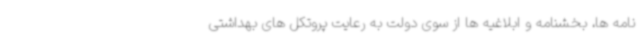
نامه ها، بخشنامه و ابلاغیه ها از سوی دولت به رعایت پروتکل های بهداشتی